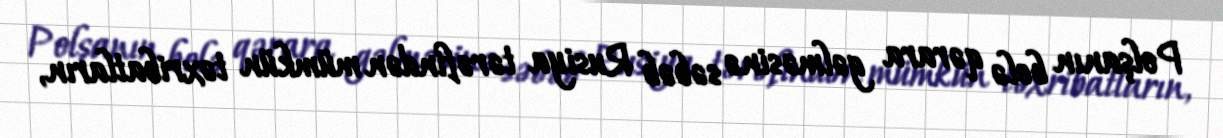
Polşanın belə qərara gəlməsinə səbəb Rusiya tərəfindən mümkün təxribatların,